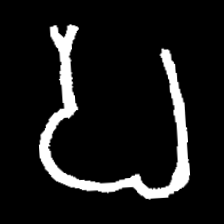
Pyu character \u2014 Myanmar letter: ပ (romanized: pa)